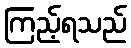
ကြည့်ရသည်